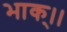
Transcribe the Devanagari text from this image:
भाक्।।